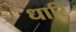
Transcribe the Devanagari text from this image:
धारि